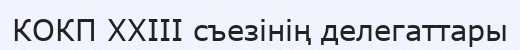
КОКП XXIII съезінің делегаттары